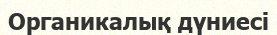
Органикалық дүниесі